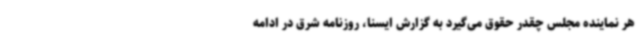
هر نماینده مجلس چقدر حقوق می‌گیرد به گزارش ایسنا، روزنامه شرق در ادامه